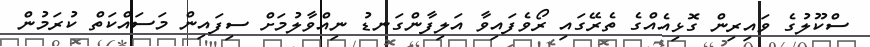
ސްކޫލުގެ ވައިރިން ގޮޅިއެއްގެ ތެރޭގައި ރޯވެފައިވާ އަލިފާންގަނޑު ނިއްވާލުމަށް ސިފައިން މަސައްކަތް ކުރަމުން